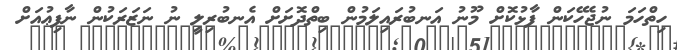
ހިތްހަމަ ނުޖެހޭކަން ފާޅުކޮށް މޫނު އަނބުރައިލަމުން ބިތްދޮށަށް އެނބުރިލީ ނު ނަޒަރަކުން ނާފިޢުއަށް